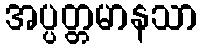
အပ္ပတ္တမာနသာ